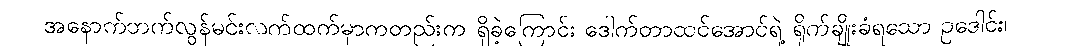
အနောက်ဘက်လွန်မင်းလက်ထက်မှာကတည်းက ရှိခဲ့ကြောင်း ဒေါက်တာထင်အောင်ရဲ့ ရိုက်ချိုးခံရသော ဥဒေါင်း၊